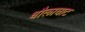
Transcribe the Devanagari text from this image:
धौलाघाट